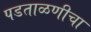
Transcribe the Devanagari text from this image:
पडताळणीचा